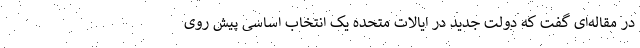
در مقاله‌ای گفت که دولت جدید در ایالات متحده یک انتخاب اساسی پیش روی